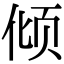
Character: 倾